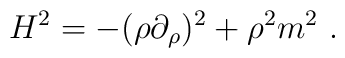
H^2=-(\rho \partial_\rho)^2+\rho^2m^2~.